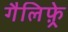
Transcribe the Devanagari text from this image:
गैलिफ़्रे